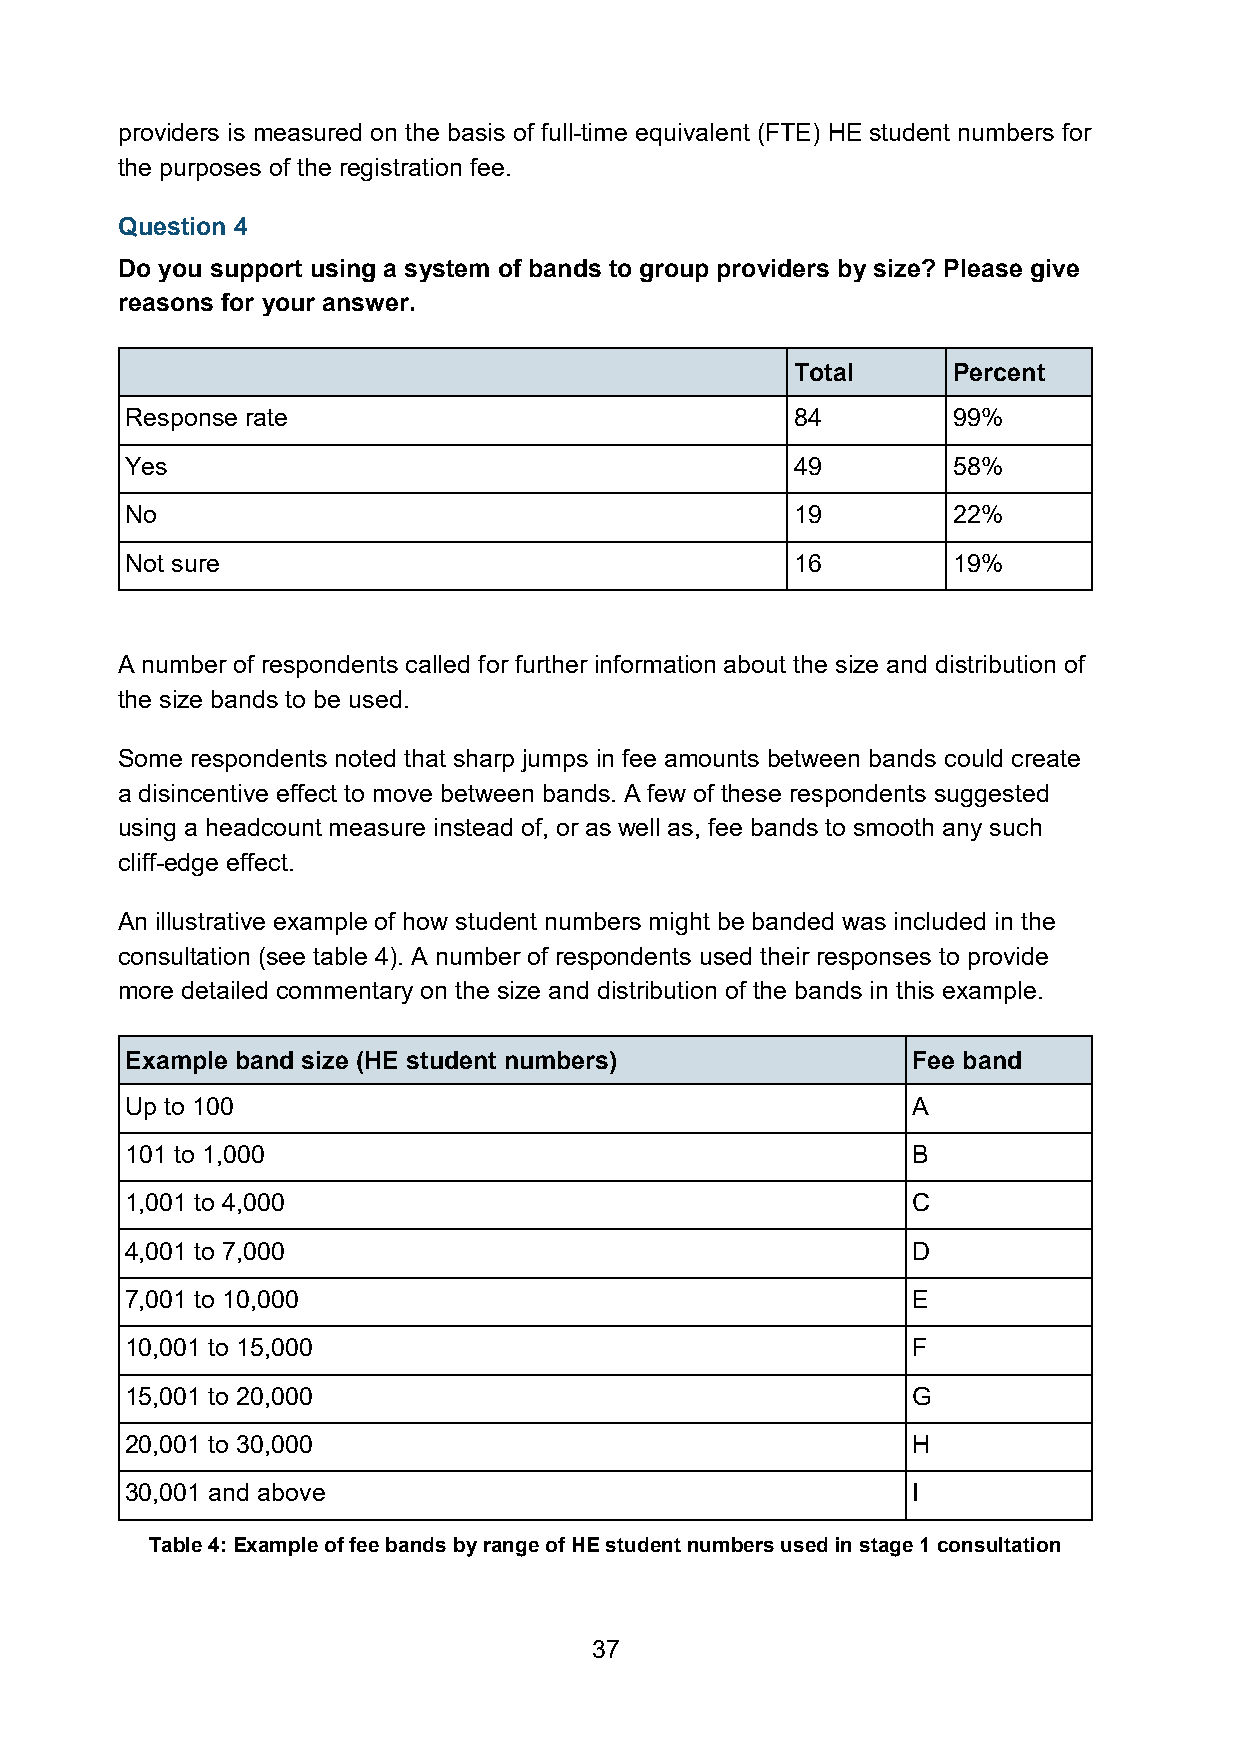
providers is measured on the basis of full-time equivalent (FTE) HE student numbers for
 the purposes of the registration fee.
 Question 4
 Do you support using a system of bands to group providers by size? Please give
 reasons for your answer.
 Total     Percent
 Response rate                                84        99%
 Yes                                          49        58%
 No                                           19        22%
 Not sure                                     16        19%
 A number of respondents called for further information about the size and distribution of
 the size bands to be used.
 Some respondents noted that sharp jumps in fee amounts between bands could create
 a disincentive effect to move between bands. A few of these respondents suggested
 using a headcount measure instead of, or as well as, fee bands to smooth any such
 cliff-edge effect.
 An illustrative example of how student numbers might be banded was included in the
 consultation (see table 4). A number of respondents used their responses to provide
 more detailed commentary on the size and distribution of the bands in this example.
 Example band size (HE student numbers)              Fee band
 Up to 100                                           A
 101 to 1,000                                        B
 1,001 to 4,000                                      C
 4,001 to 7,000                                      D
 7,001 to 10,000                                     E
 10,001 to 15,000                                    F
 15,001 to 20,000                                    G
 20,001 to 30,000                                    H
 30,001 and above                                    I
 Table 4: Example of fee bands by range of HE student numbers used in stage 1 consultation
 37